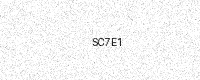
Text: SC7E1